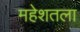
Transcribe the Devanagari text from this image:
महेशतला